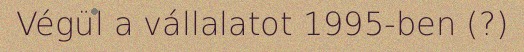
Végül a vállalatot 1995-ben (?)